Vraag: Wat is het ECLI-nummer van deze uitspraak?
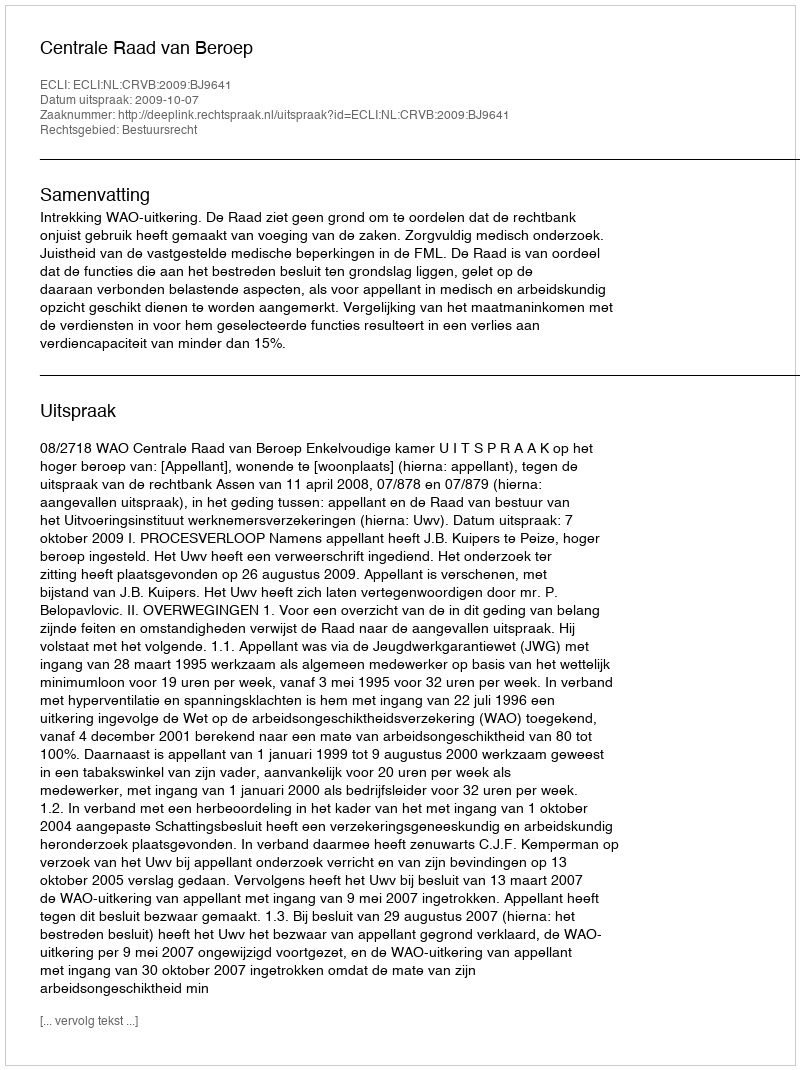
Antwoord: ECLI:NL:CRVB:2009:BJ9641